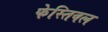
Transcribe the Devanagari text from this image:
फेस्तिवल